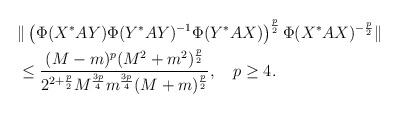
\begin{align*}&\|\left(\Phi(X^*AY)\Phi(Y^*AY)^{-1}\Phi(Y^*AX)\right)^{\frac{p}{2}}\Phi(X^*AX)^{-\frac{p}{2}}\|\\&\le \frac{(M-m)^{p}(M^2+m^2)^{\frac{p}{2}}}{2^{2+\frac{p}{2}} M^{\frac{3p}{4}}m^{\frac{3p}{4}}(M+m)^{\frac{p}{2}}},~~~p\ge 4.\end{align*}